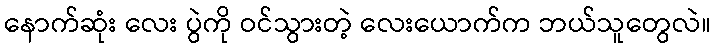
နောက်ဆုံး လေး ပွဲကို ဝင်သွားတဲ့ လေးယောက်က ဘယ်သူတွေလဲ။